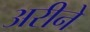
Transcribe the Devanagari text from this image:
अरीने